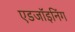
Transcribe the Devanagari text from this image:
एडजॉइनिंग